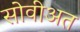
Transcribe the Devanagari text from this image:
सोवीअत